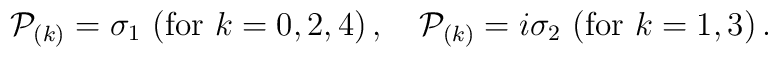
{\cal P}_{(k)} =  \sigma_1\ ({\rm for}\ k=0,2,4)\,,  \quad{\cal P}_{(k)} = i\sigma_2\ ({\rm for}\ k=1,3)\,.